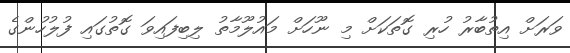
ވަރަށް އިތުބާރު ހުރި ގޮތަކަށް މި ނޫހަށް މައުލޫމާތު ލިބިފައިވަ ގޮތުގައި ފުލުހުންގެ